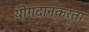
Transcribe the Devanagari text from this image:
योगदानकरता